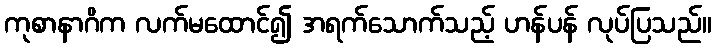
ကုစာနာဂိက လက်မထောင်၍ အရက်သောက်သည့် ဟန်ပန် လုပ်ပြသည်။